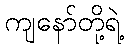
ကျနော်တို့ရဲ့